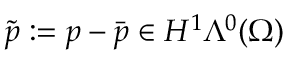
\tilde { p } : = p - \bar { p } \in H ^ { 1 } \Lambda ^ { 0 } ( \Omega )